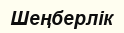
Шеңберлік